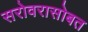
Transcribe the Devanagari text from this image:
सरोवरासोबत